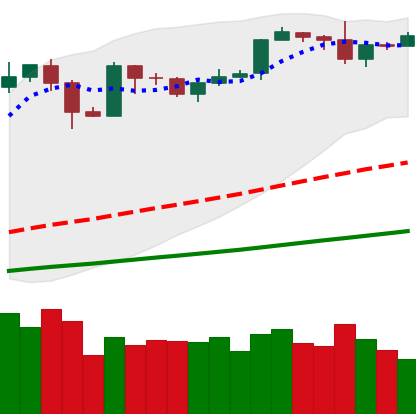
Ticker: BTC-USD
Chart end date: 2019-06-02
Forward return: -7.995%
Label: down_7plus